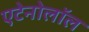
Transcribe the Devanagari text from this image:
एटेनोलॉल